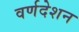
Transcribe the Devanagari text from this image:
वर्णदेशन